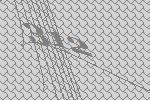
312